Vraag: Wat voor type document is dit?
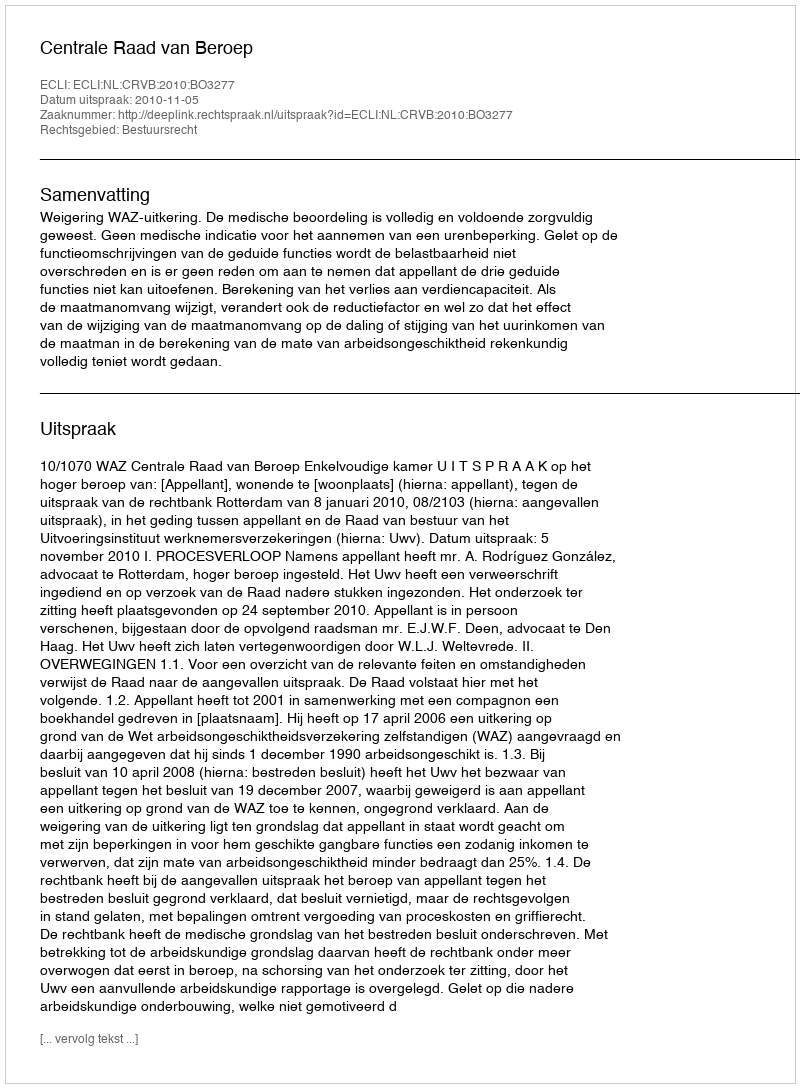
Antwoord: Uitspraak